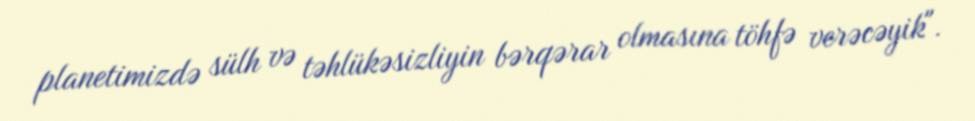
planetimizdə sülh və təhlükəsizliyin bərqərar olmasına töhfə verəcəyik".